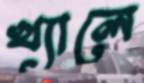
খ্যালে